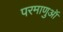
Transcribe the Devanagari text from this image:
परमाणुऑ